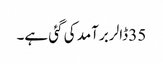
35 ڈالر برآمد کی گئی ہے۔